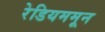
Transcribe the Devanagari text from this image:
रेडियममून